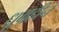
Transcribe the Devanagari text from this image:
धूम्रहीन